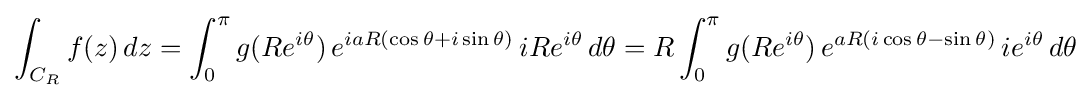
\int _{C_{R}}f(z)\,dz=\int _{0}^{\pi }g(Re^{i\theta })\,e^{iaR(\cos \theta +i\sin \theta )}\,iRe^{i\theta }\,d\theta =R\int _{0}^{\pi }g(Re^{i\theta })\,e^{aR(i\cos \theta -\sin \theta )}\,ie^{i\theta }\,d\theta